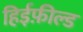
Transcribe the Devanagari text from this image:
हिईफ़ील्ड